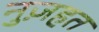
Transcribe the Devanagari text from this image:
नुज़हत